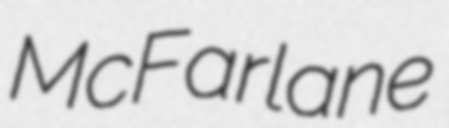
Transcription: McFarlane